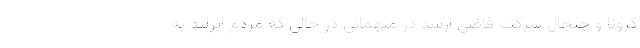
کرونا و جنجال شرکت قاضی ارشد در میهمانی در حالی که مردم ایرلند به